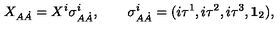
X _ { A \dot { A } } = X ^ { i } \sigma _ { A \dot { A } } ^ { i } , \qquad \sigma _ { A \dot { A } } ^ { i } = ( i \tau ^ { 1 } , i \tau ^ { 2 } , i \tau ^ { 3 } , { \bf 1 } _ { 2 } ) , \,